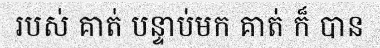
របស់ គាត់ បន្ទាប់មក គាត់ ក៏ បាន